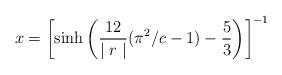
LaTeX: \begin{align*}x= \left[ \sinh \left( \frac{12}{\mid r \mid }(\pi^2/c -1 )- \frac{5}{3} \right) \right] ^{-1}\end{align*}